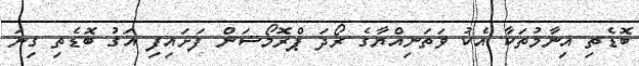
ބޮޑެތި އިނާމުތަކާ އެކު ވަތަނިއްޔާގެ ރޯދަ ޕްރޮމޯޝަން ފަށައިފި އަގު ބޮޑެތި ގިނަ